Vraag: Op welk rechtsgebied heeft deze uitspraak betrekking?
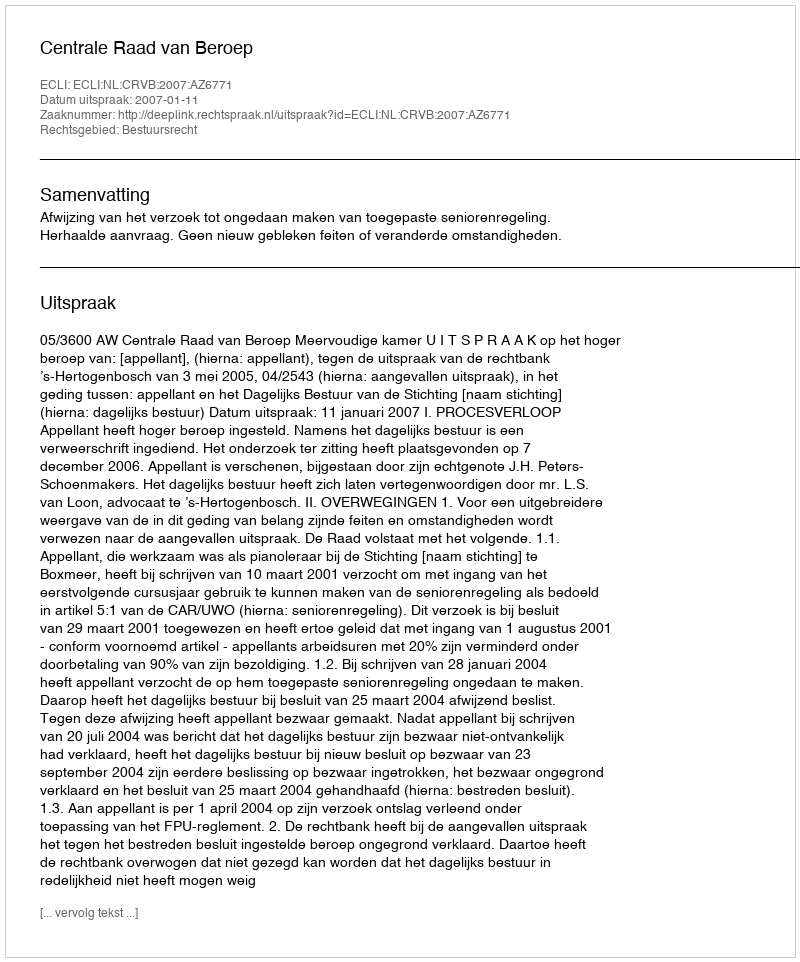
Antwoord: Bestuursrecht